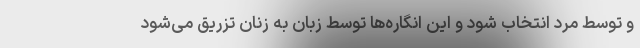
و توسط مرد انتخاب شود و این انگاره‌ها توسط زبان به زنان تزریق می‌شود